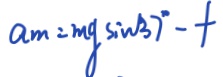
a _ { m } = m g \sin 3 7 ^ { \circ } - f